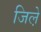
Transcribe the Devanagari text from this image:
जिले़